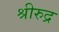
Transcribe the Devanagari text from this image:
श्रीरुद्र